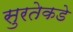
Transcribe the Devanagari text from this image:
सुरतेकडे